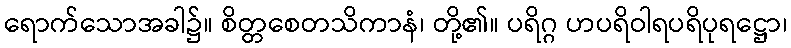
ရောက်သောအခါ၌။ စိတ္တစေတသိကာနံ၊ တို့၏။ ပရိဂ္ဂ ဟပရိဝါရပရိပုရဋ္ဌော၊